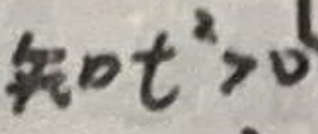
知$t^2>0$